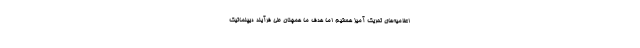
اعلامیه‌های تحریک آمیز هستیم اما هدف ما همچنان طی فرآیند دیپلماتیک